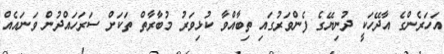
އަހަރެންގެ އާދޭހަކީ ދުނިޔޭގެ ފެންވަރުގައި ތިބާއްވާ ކުޅިވަރު މުބާރާތް ތަކަށް ސަރަހައްދުން ވަނައެއް